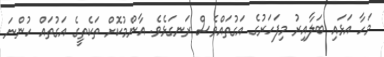
މަހާ އަޅައި ބަލާއިރު މިފަހަރުގެ އަގުތައްވެސް ރަނގަޅެވެ. އާންމުކޮށް ތަކެތީގެ އަގުތައް ހުންނަ